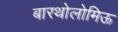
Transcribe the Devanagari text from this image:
बारथोलोमिऊ